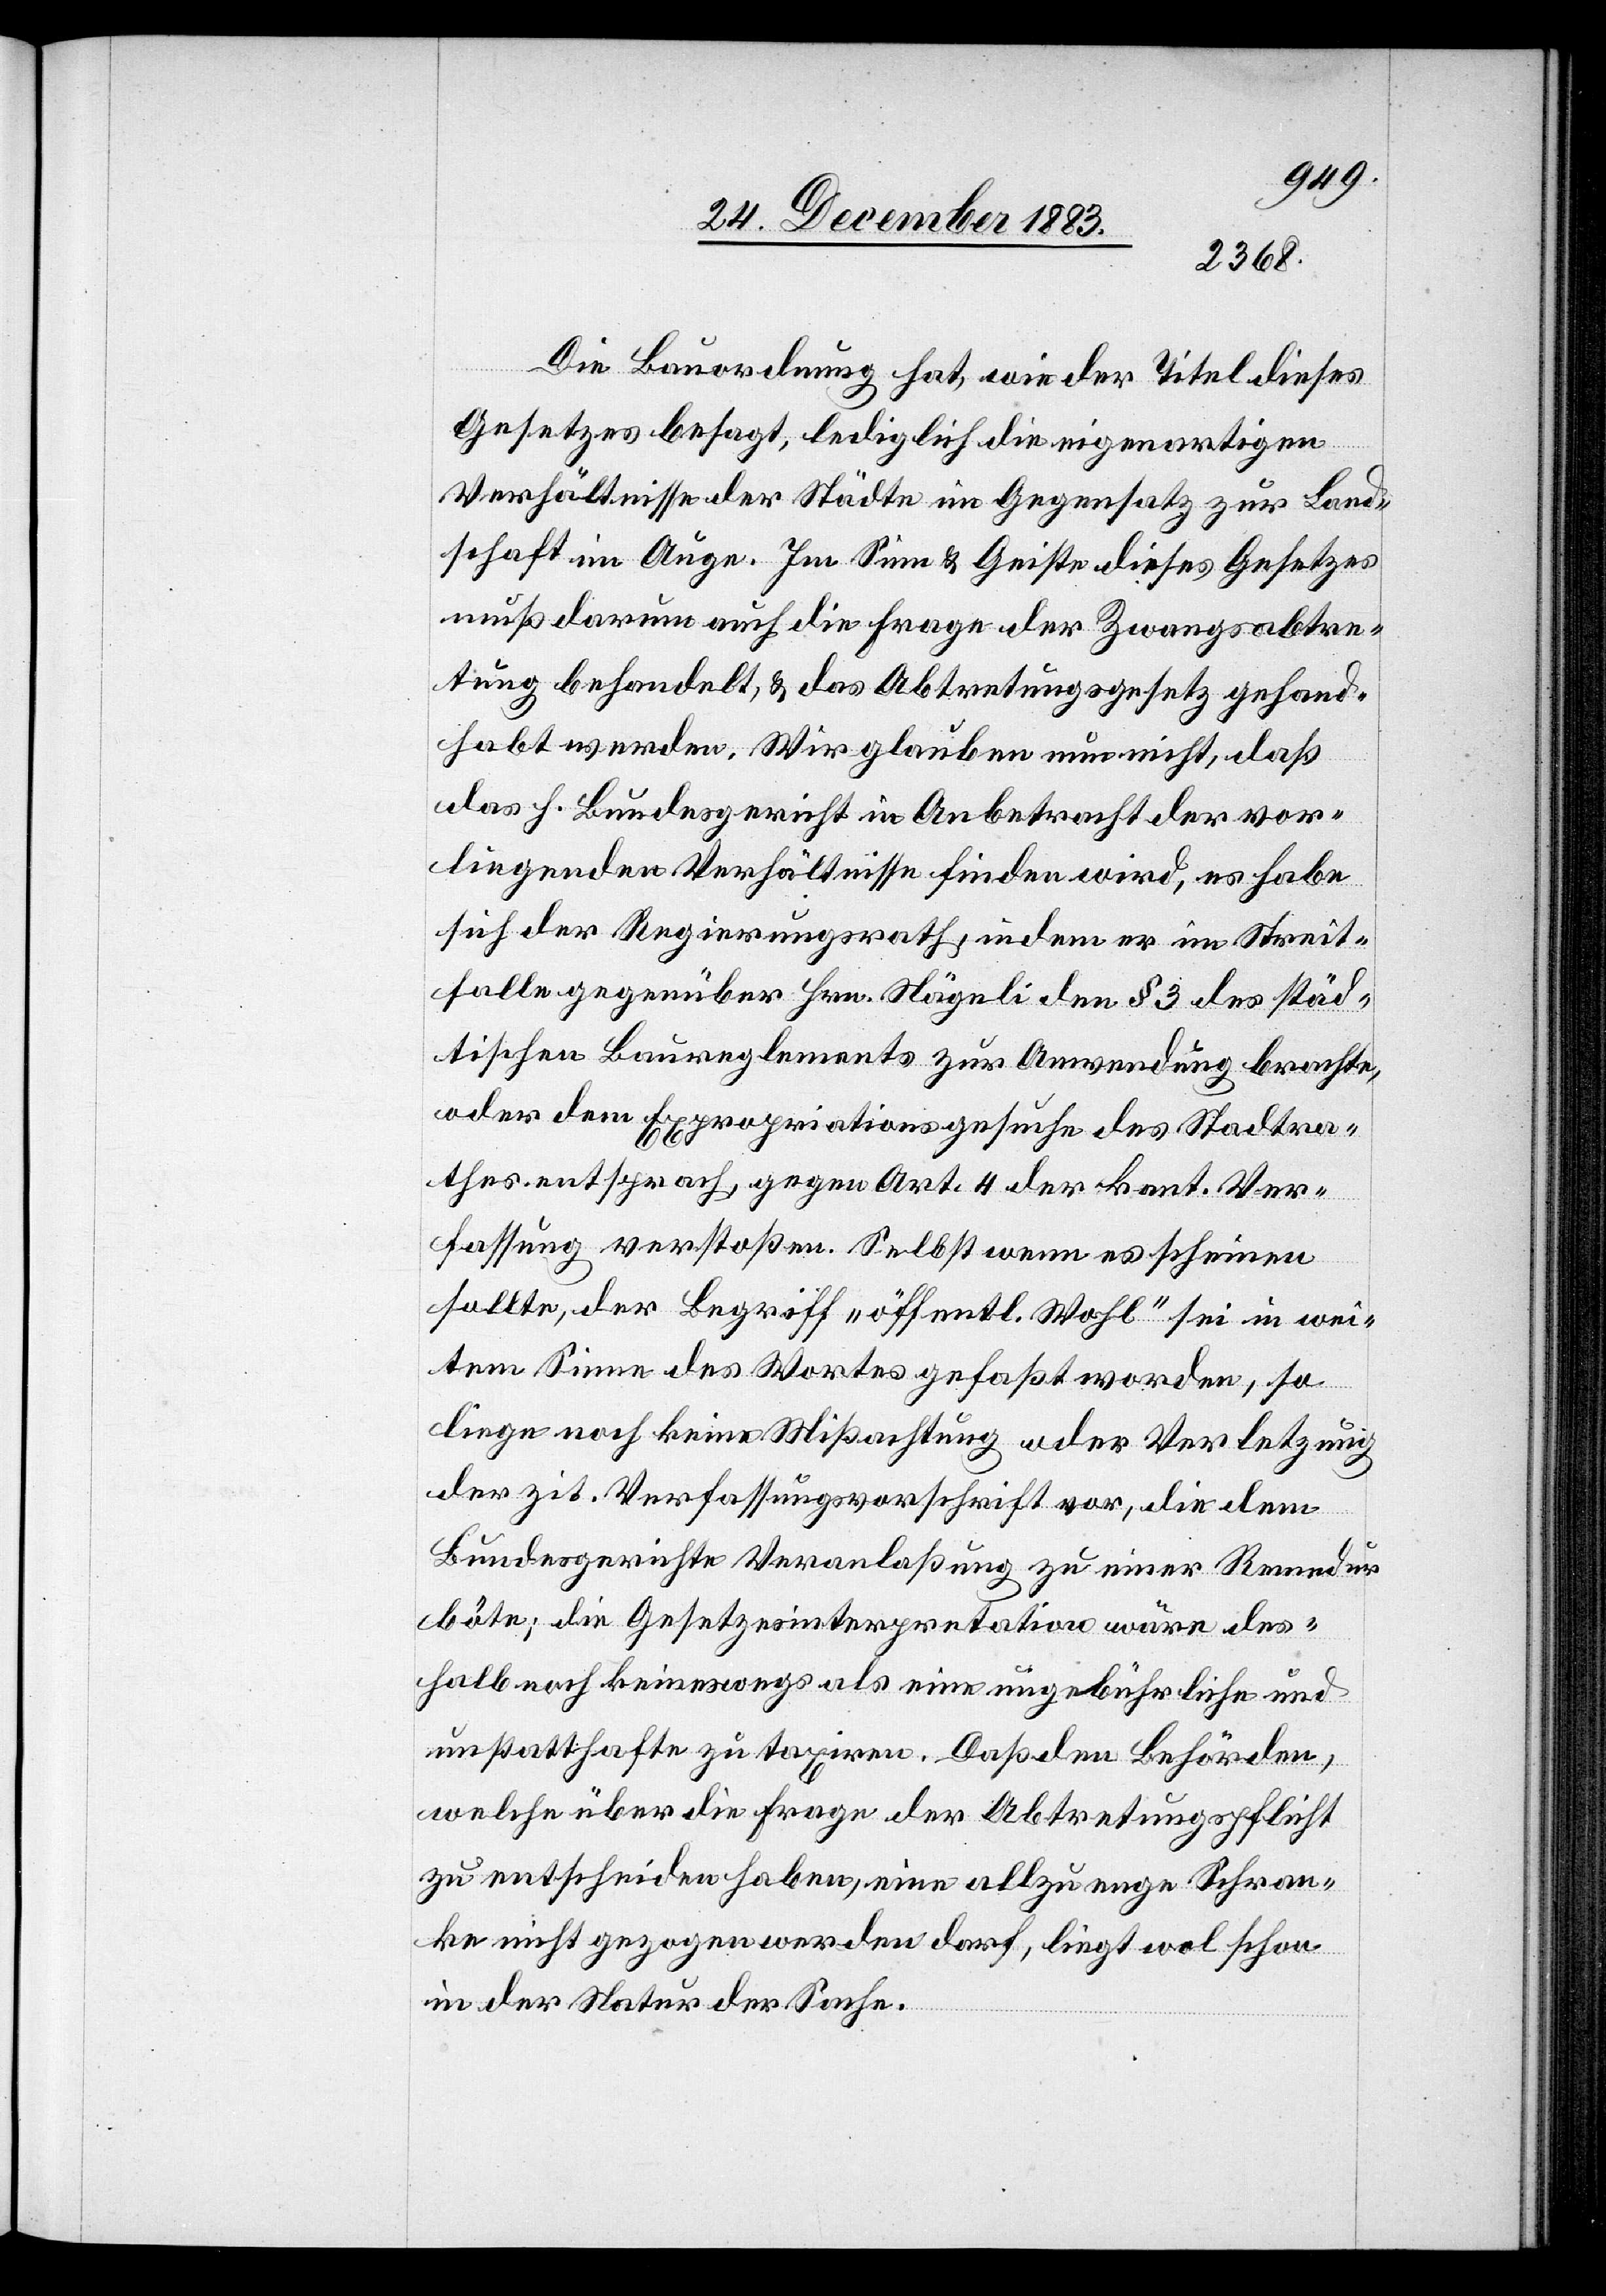
Die Bauordnung hat, wie der Titel dieses
Gesetzes besagt, lediglich die eigenartigen
Verhältnisse der Städte im Gegensatz zur Land¬
schaft im Auge. Im Sinne & Geiste dieses Gesetzes
muß darum auch die Frage der Zwangsabtre¬
tung behandelt, & das Abtretungsgesetz gehand¬
habt werden. Wir glauben nun nicht, daß
das h. Bundesgericht in Anbetracht der vor¬
liegenden Verhältnisse finden wird, es habe
sich der Regierungsrath, indem er im Streit¬
falle gegenüber Hrn. Nägeli den § 3 des städ¬
tischen Baureglements zur Anwendung brachte,
oder dem Expropriationsgesuche des Stadtra¬
thes entsprach, gegen Art. 4 der kant. Ver¬
fassung verstoßen. Selbst wenn es scheinen
sollte, der Begriff „öffentl. Wahl“ sei in wei¬
tem Sinne des Wortes gefaßt worden, so
liege noch keine Mißachtung oder Verletzung
der zit. Verfassungsvorschrift vor, die dem
Bundesgerichte Veranlaßung zu einer Remedur
böte; die Gesetzesinterpretation wäre des¬
halb noch keineswegs als eine ungebührliche und
unstatthafte zu taxiren. Daß den Behörden,
welche über die Frage der Abtretungspflicht
zu entscheiden haben, eine allzu enge Schran¬
ke nicht gezogen werden darf, liegt wol schon
in der Natur der Sache.